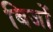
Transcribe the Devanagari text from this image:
बिजों